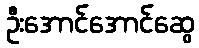
ဦးအောင်အောင်ဆွေ